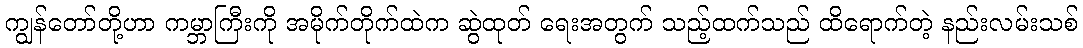
ကျွန်တော်တို့ဟာ ကမ္ဘာကြီးကို အမိုက်တိုက်ထဲက ဆွဲထုတ် ရေးအတွက် သည့်ထက်သည် ထိရောက်တဲ့ နည်းလမ်းသစ်